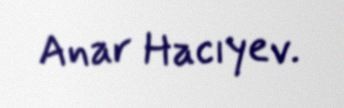
Anar Hacıyev.